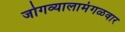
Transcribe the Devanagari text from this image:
जोगव्यालामंगळवार